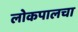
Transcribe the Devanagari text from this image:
लोकपालचा